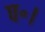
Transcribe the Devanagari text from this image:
प॰।